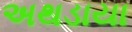
અથડાયા